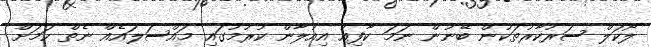
ލޯކަލް ސަރުކާރުތަކުން ބޭނުން ނަމަ ކާފިއު އިއުލާން ކުރުމުގައި މައްސަލައެއް ނެތް ކަމަށް